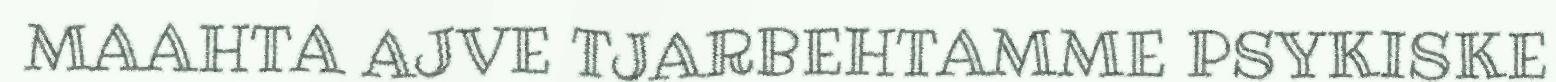
MAAHTA AJVE TJARBEHTAMME PSYKISKE